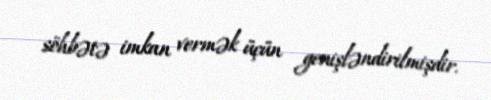
söhbətə imkan vermək üçün genişləndirilmişdir.